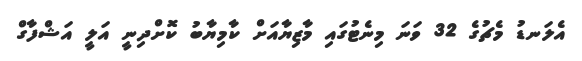
އެލަނޑު މެޗުގެ 32 ވަނަ މިނެޓުގައި މާޒިޔާއަށް ކާމިޔާބު ކޮށްދިނީ އަލީ އަޝްފާގް